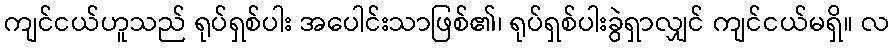
ကျင်ငယ်ဟူသည် ရုပ်ရှစ်ပါး အပေါင်းသာဖြစ်၏၊ ရုပ်ရှစ်ပါးခွဲရှာလျှင် ကျင်ငယ်မရှိ။ လ